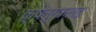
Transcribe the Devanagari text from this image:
क्षेत्रफलड